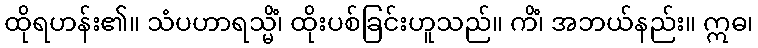
ထိုရဟန်း၏။ သံပဟာရသ္မိံ၊ ထိုးပစ်ခြင်းဟူသည်။ ကိံ၊ အဘယ်နည်း။ ဣဓ၊